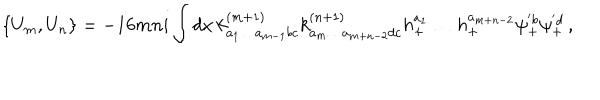
\{ U _ { m } , U _ { n } \} = - 1 6 m n i \int d x \, k _ { a _ { 1 } \ldots a _ { m - 1 } b c } ^ { ( m + 1 ) } k _ { a _ { m } \ldots a _ { m + n - 2 } d c } ^ { ( n + 1 ) } h _ { + } ^ { a _ { 1 } } \ldots h _ { + } ^ { a _ { m + n - 2 } } \psi _ { + } ^ { ' b } \psi _ { + } ^ { ' d } \, ,